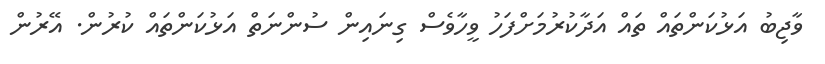
ވާޖިބު އަޅުކަންތައް ތައް އަދާކުރުމަށްފަހު ވީހާވެސް ގިނައިން ސުންނަތް އަޅުކަންތައް ކުރުން. އޭރުން